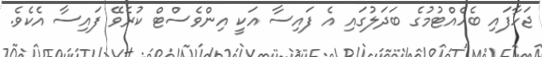
ޖަހާފައި ބެހެއްޓުމުގެ ބަދަލުގައި އެ ފައިސާ އަކީ އިންވެސްޓް ކުރެވޭ ފައިސާ އެކެވެ.